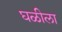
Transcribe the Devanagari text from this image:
घळीला